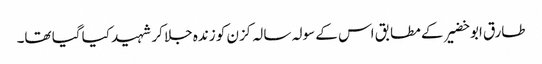
طارق ابو خضیر کے مطابق اس کے سولہ سالہ کزن کو زندہ جلا کر شہید کیا گیا تھا۔